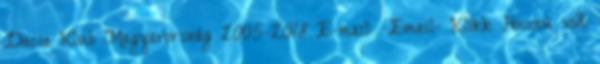
Dacia Klub Magyarország 2005-2018 E-mail: -Email- Klikk Hosszú volt